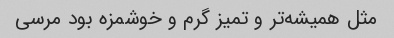
مثل همیشه‌تر و تمیز گرم و خوشمزه بود مرسی